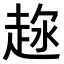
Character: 𧻦